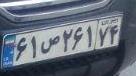
۶۱ص۲۶۱۷۴